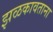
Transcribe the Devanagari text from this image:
झळकावताना